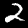
Label: 2